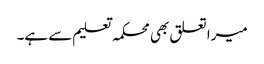
میرا تعلق بھی محکمہ تعلیم سے ہے۔